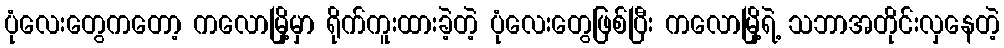
ပုံလေးတွေကတော့ ကလောမြို့မှာ ရိုက်ကူးထားခဲ့တဲ့ ပုံလေးတွေဖြစ်ပြီး ကလောမြို့ရဲ့ သဘာအတိုင်းလှနေတဲ့